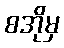
စအိုမှ